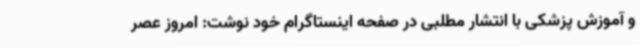
و آموزش پزشکی با انتشار مطلبی در صفحه اینستاگرام خود نوشت: امروز عصر